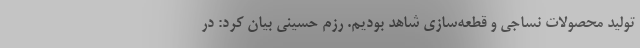
تولید محصولات نساجی و قطعه‌سازی شاهد بودیم. رزم حسینی بیان کرد: در